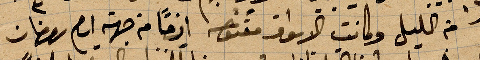
من الليل وكانت الأسواق مفتوحة ايضًا من جهة .. رمضان